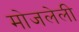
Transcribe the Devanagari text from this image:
मोजलेली